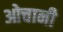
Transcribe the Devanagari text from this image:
ओचानी